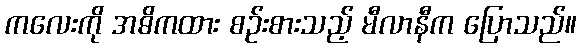
ကလေးကို အဓိကထား စဉ်းစားသည့် မီလာနီက ပြောသည်။